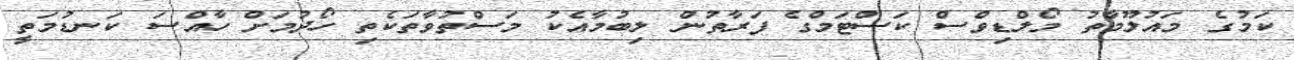
ކަމުގެ މައުލޫމާތު މޯލްޑިވްސް ކަސްޓަމްގެ ފަރާތުން ލިބުމާއެކު މަސްތުވާތަކެތި ހޯދުމަށް ހާއްސަ ކަނޑުމަތީ